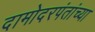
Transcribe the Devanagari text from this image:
दामोदरपंतांच्या